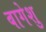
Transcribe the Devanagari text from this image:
बागेशु